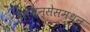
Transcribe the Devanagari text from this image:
सायन्सेसमधून